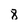
Character: 8